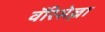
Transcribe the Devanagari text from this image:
वॅरिसेल्ला